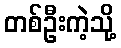
တစ်ဦးကဲ့သို့